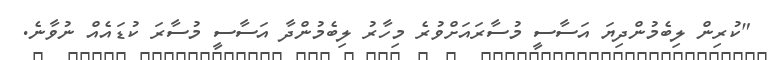
"ކުރިން ލިބެމުންދިޔަ އަސާސީ މުސާރައަށްވުރެ މިހާރު ލިބެމުންދާ އަސާސީ މުސާރަ ކުޑައެއް ނުވާނެ.